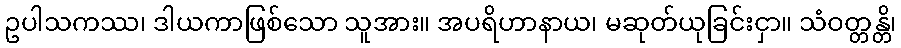
ဥပါသကဿ၊ ဒါယကာဖြစ်သော သူအား။ အပရိဟာနာယ၊ မဆုတ်ယုခြင်းငှာ။ သံဝတ္တန္တိ၊